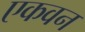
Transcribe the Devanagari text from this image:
एकवन